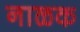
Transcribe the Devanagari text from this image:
नाळक